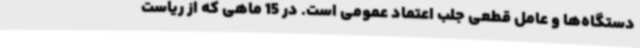
دستگاه‌ها و عامل قطعی جلب اعتماد عمومی است. در 15 ماهی که از ریاست